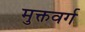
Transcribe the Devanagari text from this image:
मुक्तवर्ग